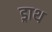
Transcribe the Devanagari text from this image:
ड्राथ